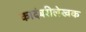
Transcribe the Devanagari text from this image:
कादंबरीलेखक